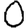
Digit: 0